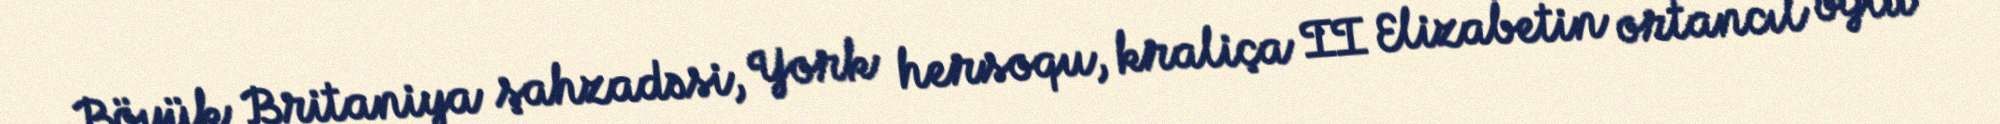
Böyük Britaniya şahzadəsi, York hersoqu, kraliça II Elizabetin ortancıl oğlu